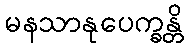
မနသာနုပေက္ခန္တိ